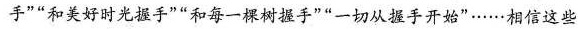
手””和美好时光握手””和每一棵树握手””一切从握手开始”……相信这些